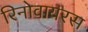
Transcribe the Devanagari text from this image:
रिनोवायरस